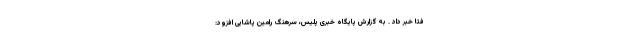
فتا خبر داد . به گزارش پایگاه خبری پلیس، سرهنگ رامین پاشایی افزود: